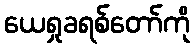
ယေရှုခရစ်တော်ကို